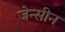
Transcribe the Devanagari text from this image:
जेन्सीन